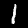
Label: 1